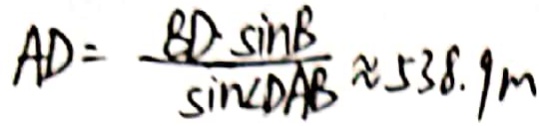
A D = \frac { B D \sin B } { \sin \angle D A B } \approx 5 3 8 . 9 m